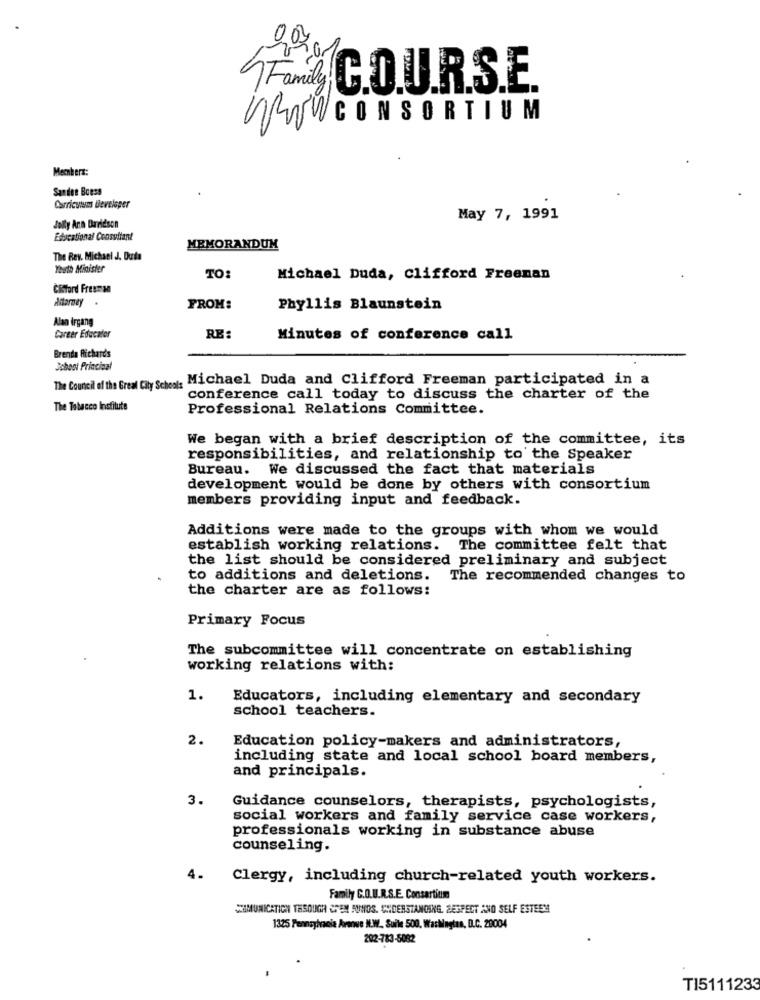
Family C.D.U.R.S.E.
ROWCONSORTIUM
Menbers:
Sandee Boess
Curricuuns Developer
May 7, 1991
Jolly Ann Davidson
Educational Consultant
MEMORANDUM
The Rev. Michael J. Duda
Youth Minister
TO:
Michael Duda, Clifford Freenan
Clicford Freeman
Attorney.
FROM:
Phyllis Blaunstein
Alan Irgang
Career Educaler
RE:
Minutes of conference call
Brenda Richards
Schont Principal
The Council of the Great City School: Michael Duda and Clifford Freeman participated in a
conference call today to discuss the charter of the
The Tobacco Institute
Professional Relations Committee.
We began with a brief description of the committee, its
responsibilities, and relationship to the Speaker
Bureau. We discussed the fact that materials
development would be done by others with consortium
members providing input and feedback.
Additions were made to the groups with whom we would
establish working relations. The committee felt that
the list should be considered preliminary and subject
to additions and deletions. The recommended changes to
the charter are as follows:
Primary Focus
The subcommittee will concentrate on establishing
working relations with:
1.
Educators, including elementary and secondary
school teachers.
2.
Education policy-makers and administrators,
including state and local school board members,
and principals.
3.
Guidance counselors, therapists, psychologists,
social workers and family service case workers,
professionals working in substance abuse
counseling.
4.
Clergy, including church-related youth workers.
Family C.O.U.R.S.E. Consartium
SEIMUNICATION TESOUGH CEM AUNOS. CHDERSTANDING. SESPECT ANO SELF ESTEEM
1325 Pennsylvania Avenue N.W ., Surle 500, Washington, D.C. 28004
202-783-5082
TI5111233